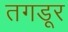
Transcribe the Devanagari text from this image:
तगडूर